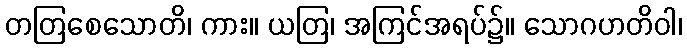
တတြစေသောတိ၊ ကား။ ယတြ၊ အကြင်အရပ်၌။ သောဂဟတိဝါ၊